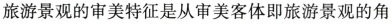
旅游景观的审美特征是从审美客体即旅游景观的角